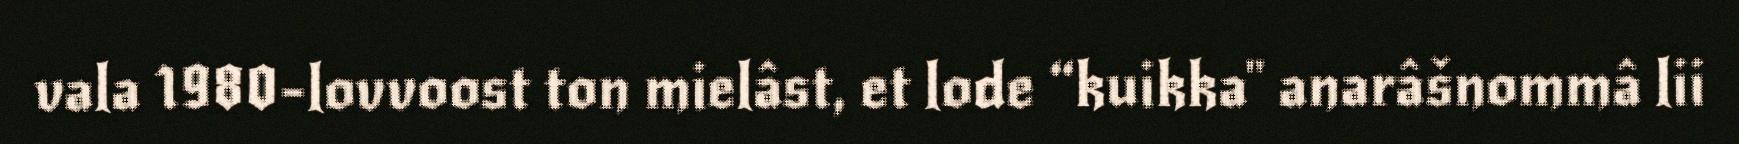
vala 1980-lovvoost ton mielâst, et lode “kuikka" anarâšnommâ lii